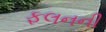
ફલનની